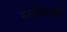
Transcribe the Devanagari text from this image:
रूसनिवासी